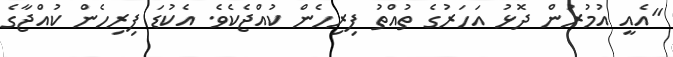
"އެއީ އުމުރުން ދޮޅު އަހަރުގެ ތުއްތު ފިރިހެން ކުއްޖެކެވެ. އެކުޑަ ފިރިހެން ކުއްޖާގެ